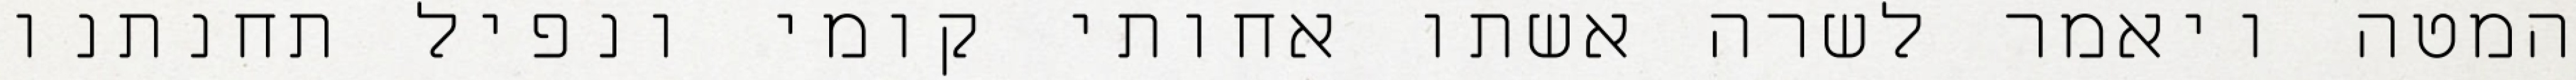
המטה ויאמר לשרה אשתו אחותי קומי ונפיל תחנתנו